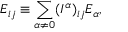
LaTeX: E _ { i j } \equiv \sum _ { \alpha \neq 0 } ( I ^ { \alpha } ) _ { i j } E _ { \alpha } ,